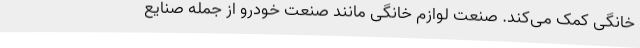
خانگی کمک می‌کند. صنعت لوازم خانگی مانند صنعت خودرو از جمله صنایع